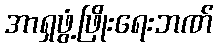
အာရှဖွံ့ဖြိုးရေးဘဏ်